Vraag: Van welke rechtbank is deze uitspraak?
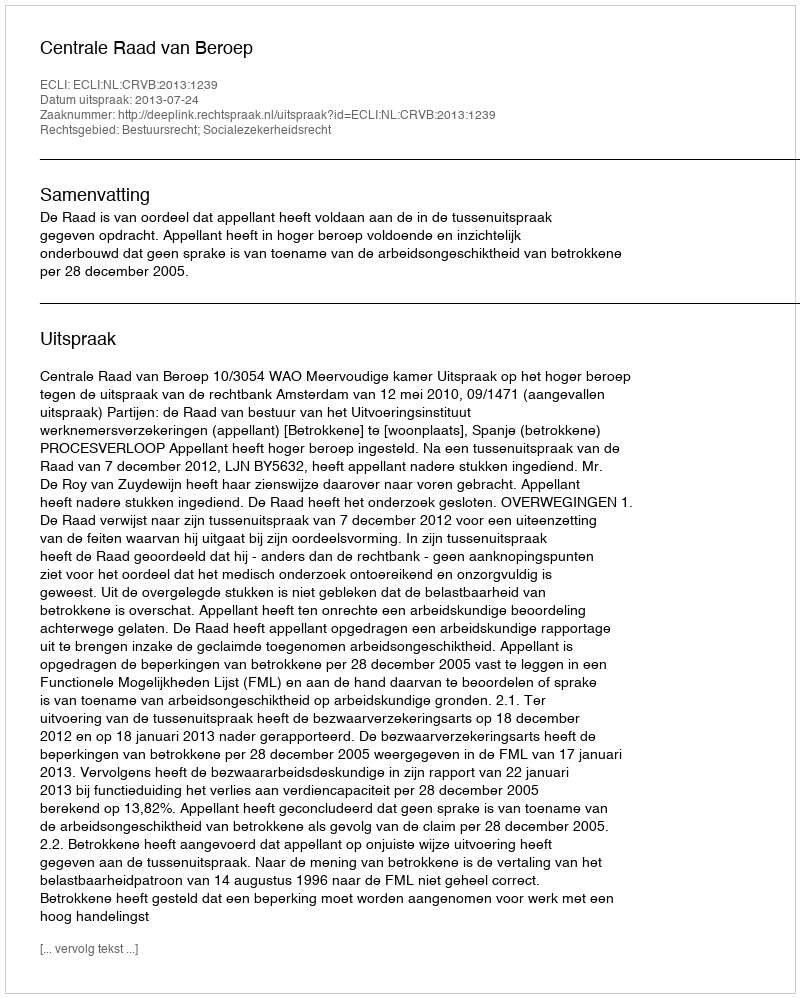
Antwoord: Centrale Raad van Beroep